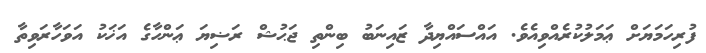
ފުރިހަމަޔަށް ޢަމަލުކުރެއްވިއެވެ. އައްސައްޔިދާ ޒައިނަބު ބިންތި ޖަޙުޝް ރަޟިޔަ ޢަންހާގެ އަޚަކު އަވަހާރަވިތާ